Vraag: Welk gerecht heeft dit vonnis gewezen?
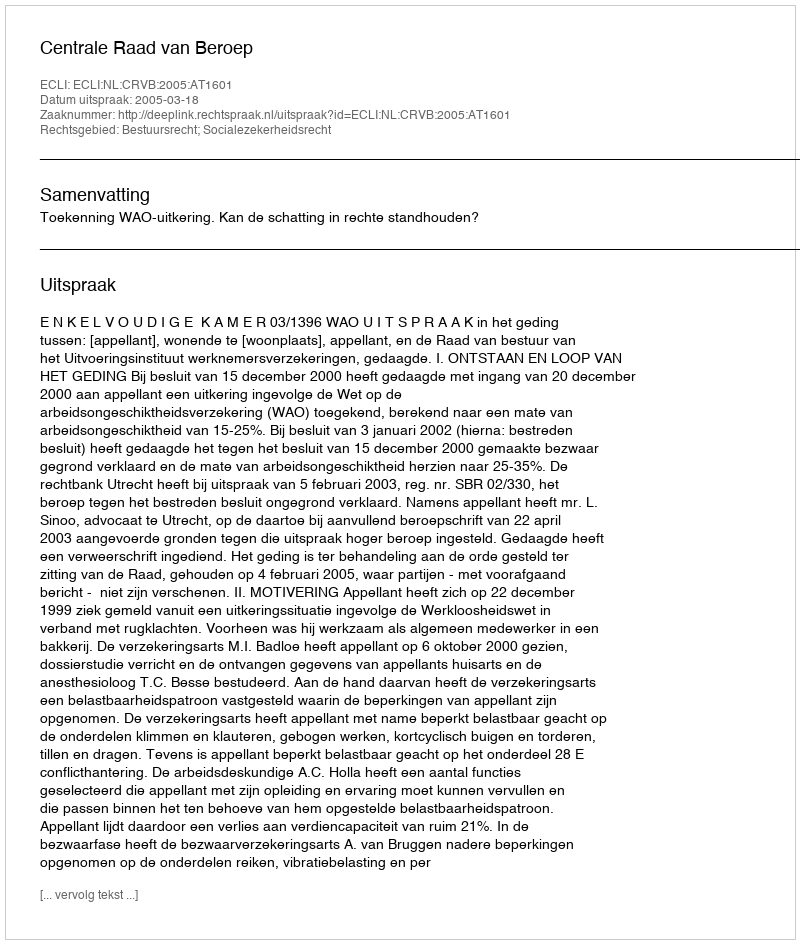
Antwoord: Centrale Raad van Beroep